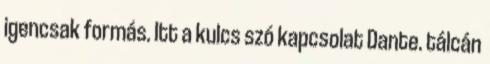
igencsak formás. Itt a kulcs szó kapcsolat Dante. tálcán